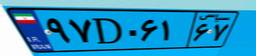
۹۲D۹۱۱۷۴